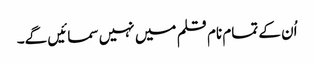
اُن کے تمام نام قلم میں نہیں سمائیں گے۔